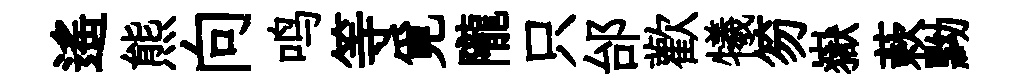
遥熊向鸣等覓隴只邰歡犧笏嶽蔌黝